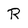
Character: R